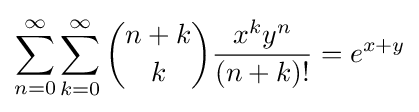
\sum _{n=0}^{\infty }\sum _{k=0}^{\infty }{n+k \choose k}{\frac {x^{k}y^{n}}{(n+k)!}}=e^{x+y}